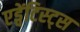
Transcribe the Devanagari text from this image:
एड्वेंटिस्ट्स